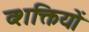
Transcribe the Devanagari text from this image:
व्शक्तियों